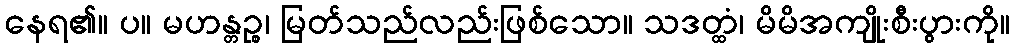
နေရ၏။ ပ။ မဟန္တဉ္စ၊ မြတ်သည်လည်းဖြစ်သော။ သဒတ္ထံ၊ မိမိအကျိုးစီးပွားကို။